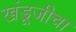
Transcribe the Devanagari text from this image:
खंडूजीचा